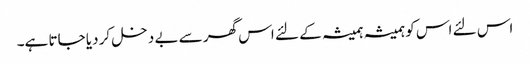
اس لئے اس کو ہمیشہ ہمیشہ کے لئے اس گھر سے بے دخل کر دیا جاتا ہے۔